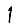
Digit: 1